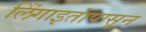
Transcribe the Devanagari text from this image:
लिंंगाइतांपासून